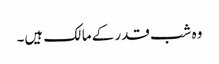
وہ شب قدر کے مالک ہیں۔